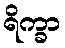
ရိက္ခာ